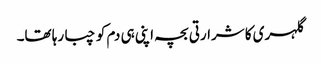
گلہری کا شرارتی بچہ اپنی ہی دم کو چبا رہا تھا۔